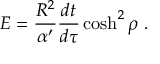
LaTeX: E = { \frac { R ^ { 2 } } { \alpha ^ { \prime } } } { \frac { d t } { d \tau } } \cosh ^ { 2 } \rho \ .